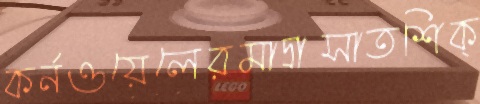
কর্নওয়েলেরমাদ্রাসাতশিক্